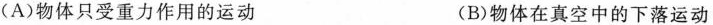
(A)物体只受重力作用的运动 (B)物体在真空中的下落运动